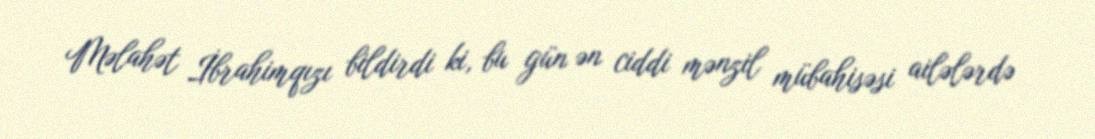
Məlahət İbrahimqızı bildirdi ki, bu gün ən ciddi mənzil mübahisəsi ailələrdə